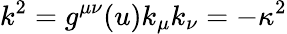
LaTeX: k^{2}=g^{\mu\nu}(u)k_{\mu}k_{\nu}=-\kappa^{2}